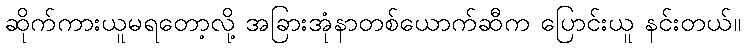
ဆိုက်ကားယူမရတော့လို့ အခြားအုံနာတစ်ယောက်ဆီက ပြောင်းယူ နင်းတယ်။